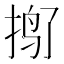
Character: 𱟿